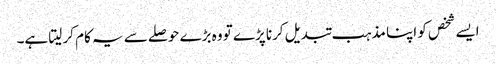
ایسے شخص کو اپنا مذہب تبدیل کرنا پڑے تو وہ بڑے حوصلے سے یہ کام کر لیتا ہے۔